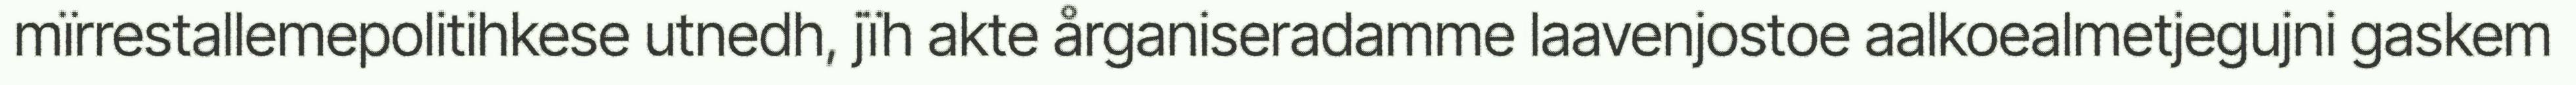
mïrrestallemepolitihkese utnedh, jïh akte årganiseradamme laavenjostoe aalkoealmetjegujni gaskem